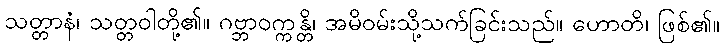
သတ္တာနံ၊ သတ္တဝါတို့၏။ ဂဗ္ဘာဝက္ကန္တိ၊ အမိဝမ်းသို့သက်ခြင်းသည်။ ဟောတိ၊ ဖြစ်၏။